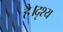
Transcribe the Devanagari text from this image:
है।दृश्य